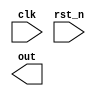
`timescale 1ns/1ps

module Many_To_One_LFSR(clk, rst_n, out);
input clk;
input rst_n;
output reg [7:0] out;

reg [7:0] next, state;

always@(posedge clk) begin
    if(rst_n==1'b0) state <= 8'b10111101;
    else state<=next;
end

always @(*) begin
    next[0] = (state[1]^state[2])^(state[3]^state[7]);
    next[7:1] = state[6:0];
end

endmodule